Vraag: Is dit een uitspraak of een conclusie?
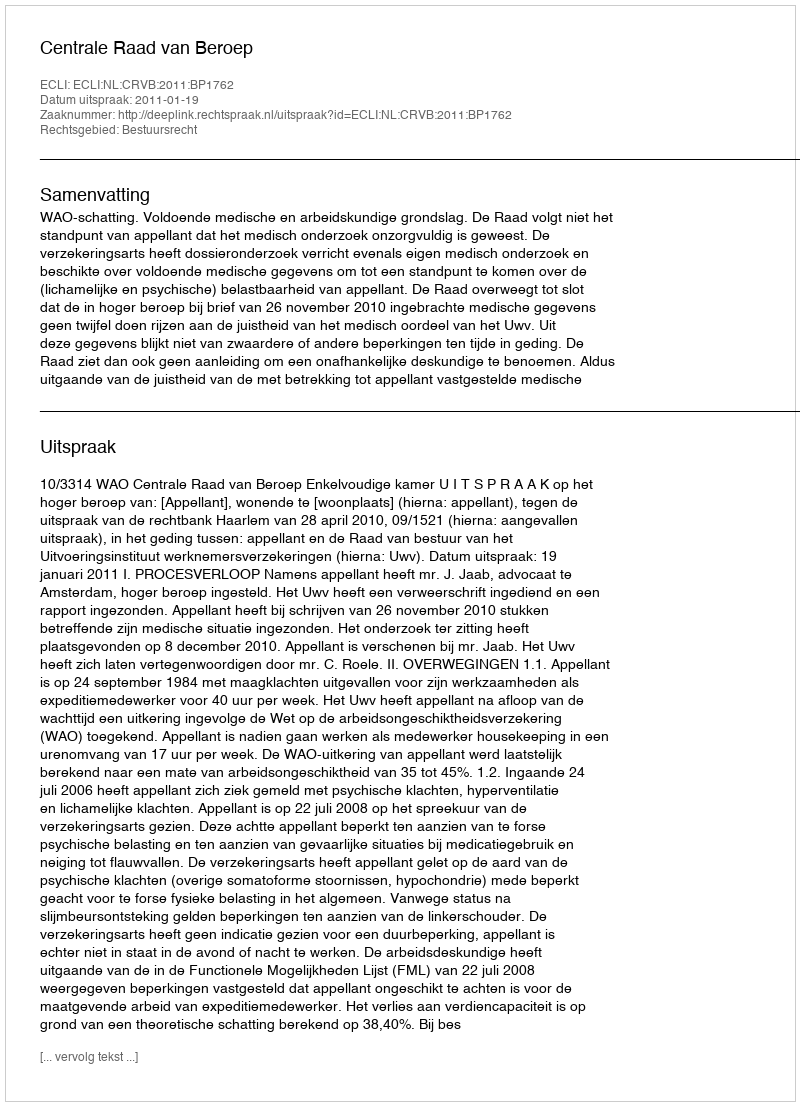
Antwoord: Uitspraak